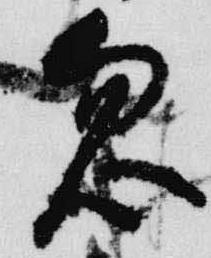
忽